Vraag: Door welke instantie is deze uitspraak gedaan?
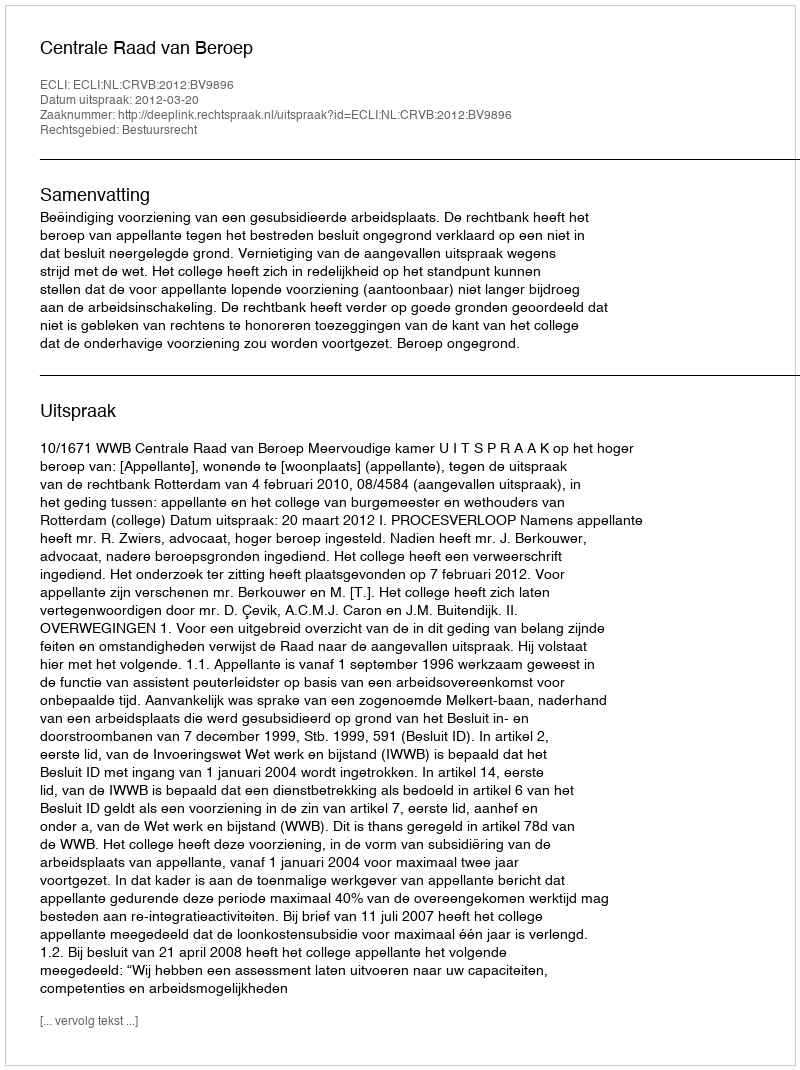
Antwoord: Centrale Raad van Beroep